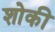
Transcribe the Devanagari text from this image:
शोकी